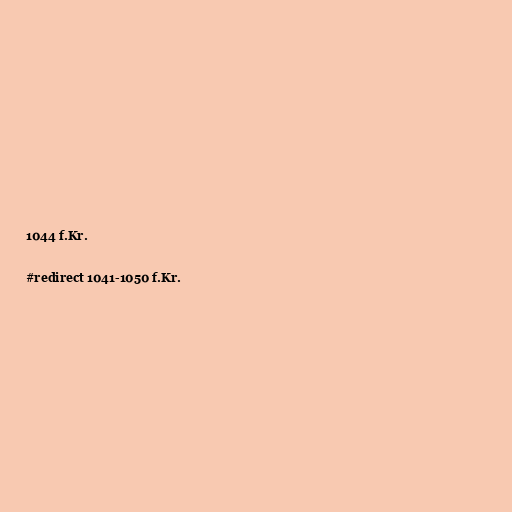
1044 f.Kr.

#redirect 1041-1050 f.Kr.